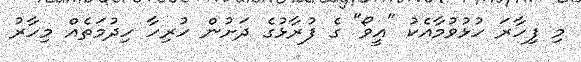
މި ފިހާރަ ހުޅުވުމާއެކު "އީވޯ" ގެ ފުރާޅުގެ ދަށުން ހުރިހާ ހިދުމަތެއް މިހާރު